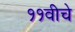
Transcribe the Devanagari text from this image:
११वीचे